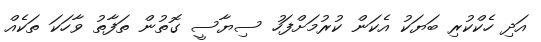
އަދި ހެކްކުރި ބަޔަކު އެކަން ކުރުމަށްފަހު ސިޔާސީ ގޮތުން ތަފާތު ވާހަކަ ތަކެއް